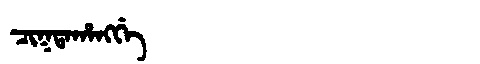
Manchu: ᠴᡳᡴᡨᠠᡥᠠᠩᡤᡝ
Romanization: CIKTAHANGGE